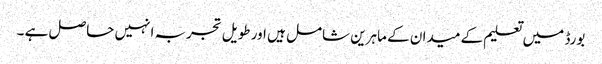
بورڈ میں تعلیم کے میدان کے ماہرین شامل ہیں اور طویل تجربہ انہیں حاصل ہے ۔